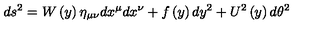
d s ^ { 2 } = W \left( y \right) \eta _ { \mu \nu } d x ^ { \mu } d x ^ { \nu } + f \left( y \right) d y ^ { 2 } + U ^ { 2 } \left( y \right) d \theta ^ { 2 }